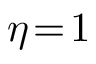
\eta \! = \! 1